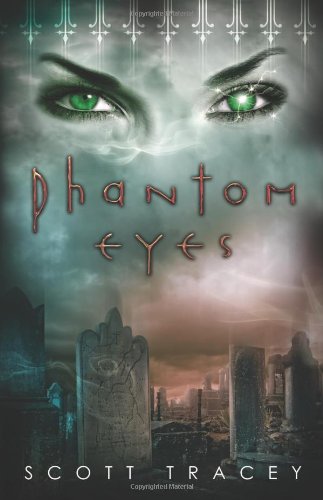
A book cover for Phantom Eyes; Scott Tracey; Teen & Young Adult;